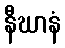
နီဃာနံ